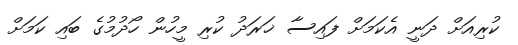
ކުރިއަށް ދަނީ އެކަމަށް ފައިސާ ޚަރަދު ކުރި މީހުން ހޯދުމުގެ ބައި ކަމަށް